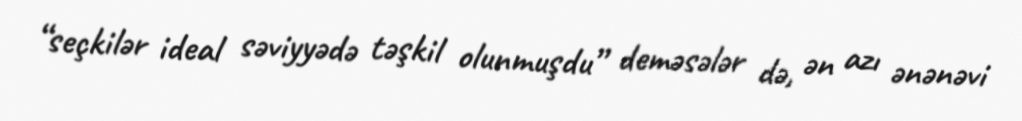
“seçkilər ideal səviyyədə təşkil olunmuşdu” deməsələr də, ən azı ənənəvi